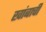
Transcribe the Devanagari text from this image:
खांबाची